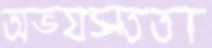
অভ্যস্ততা